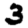
Digit: 3